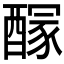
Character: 𨢊